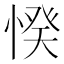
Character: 𢜽